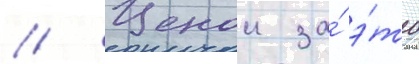
// Ценои за́ э́то